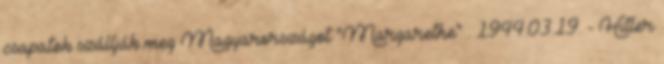
csapatok szállják meg Magyarországot "Margarethe" . 1944.03.19. - Hitler